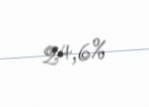
24,6%